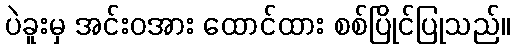
ပဲခူးမှ အင်းဝအား ထောင်ထား စစ်ပြိုင်ပြုသည်။